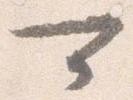
可